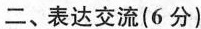
二、表达交流( 6 分 )